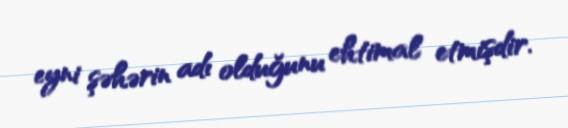
eyni şəhərin adı olduğunu ehtimal etmişdir.